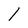
Character: 1